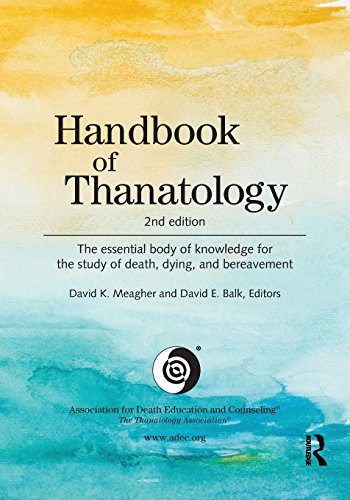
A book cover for Handbook of Thanatology: The Essential Body of Knowledge for the Study of Death, Dying, and Bereavement; Self-Help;